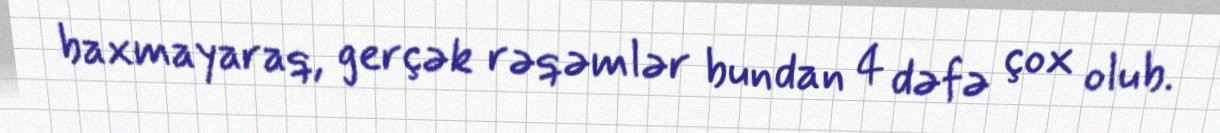
baxmayaraq, gerçək rəqəmlər bundan 4 dəfə çox olub.